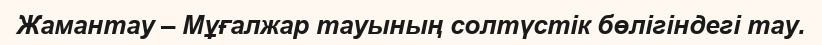
Жамантау – Мұғалжар тауының солтүстік бөлігіндегі тау.